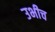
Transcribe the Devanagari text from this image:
उभीच